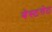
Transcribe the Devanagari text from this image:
वेस्टगेट